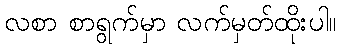
လစာ စာရွက်မှာ လက်မှတ်ထိုးပါ။